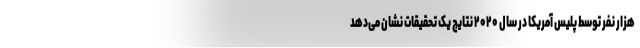
هزار نفر توسط پلیس آمریکا در سال ۲۰۲۰ نتایج یک تحقیقات نشان می‌دهد